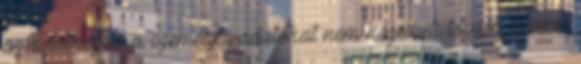
az adatkezelő a személyes adatokat nem kezelheti tovább, kivéve,